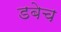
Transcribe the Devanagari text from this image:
डबेच